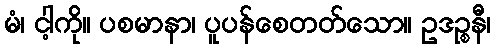
မံ၊ ငါ့ကို။ ပစမာနာ၊ ပူပန်စေတတ်သော။ ဥဒဉ္စနီ၊